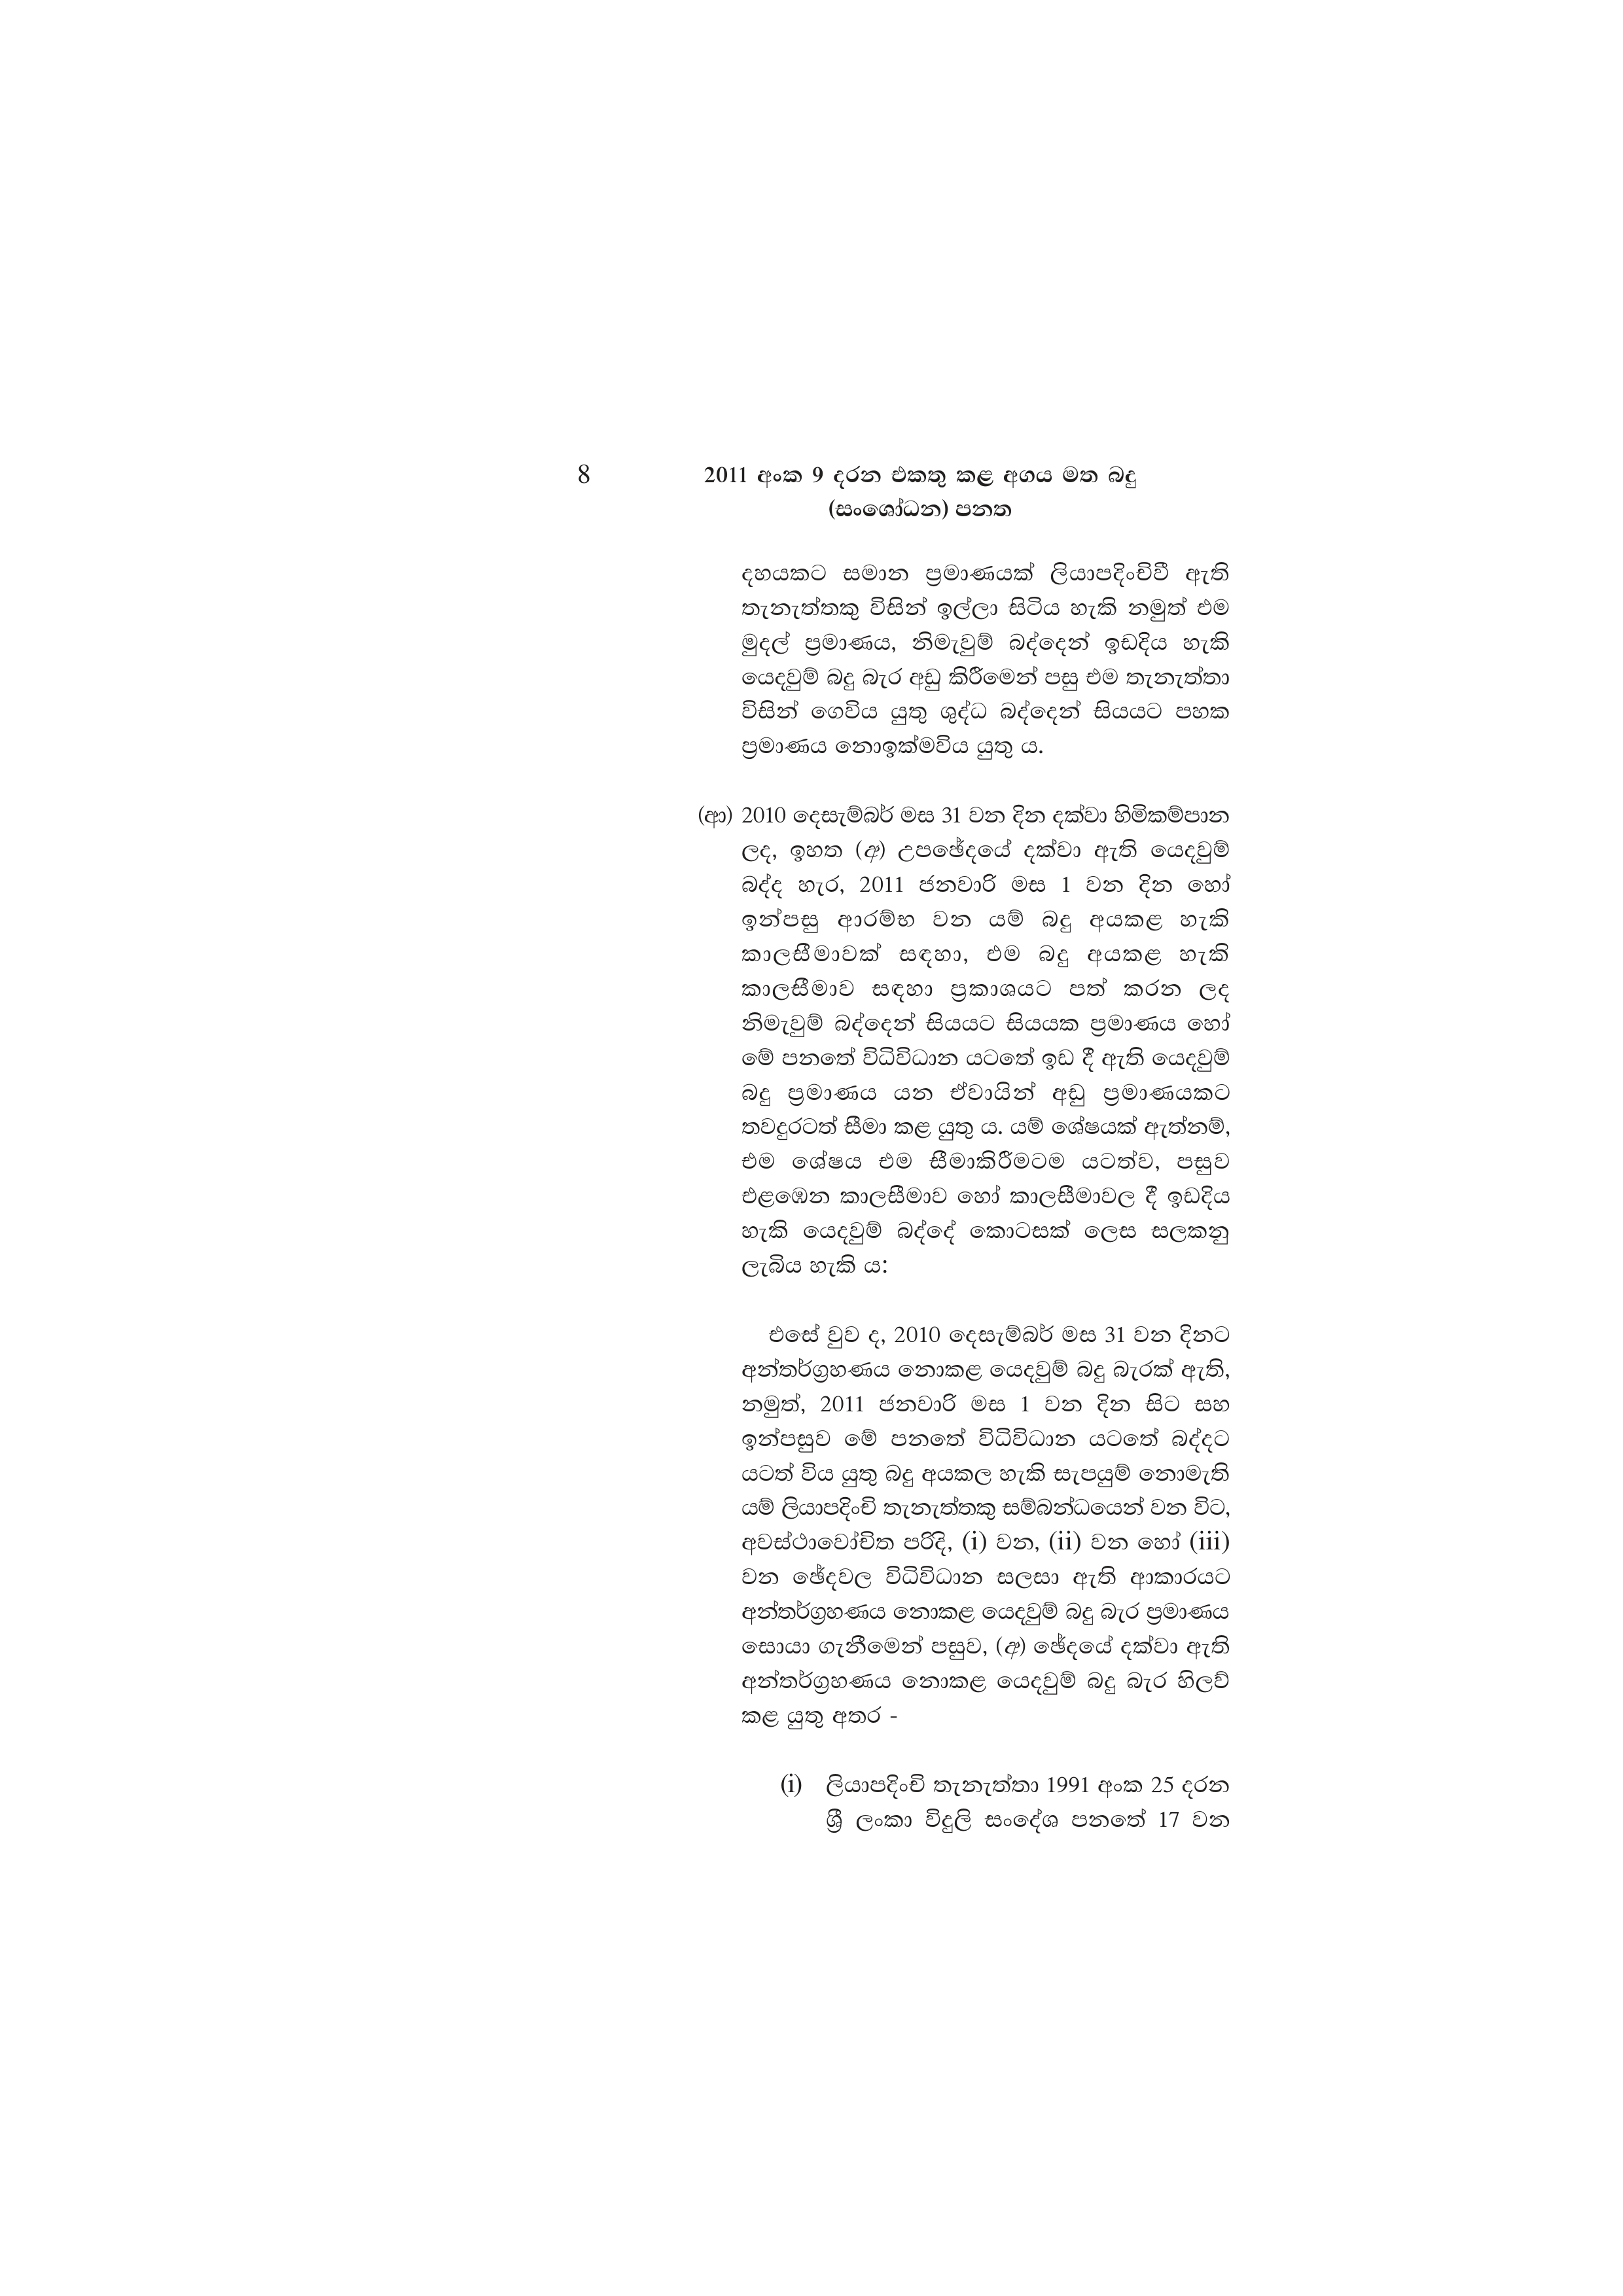
8  2011 අංක 9 දරන එකතු කළ අගය මත බදු
(සංශෝධන) පනත

දහයකට සමාන ප්‍රමාණයක් ලියාපදිංචිවී ඇති
තැනැත්තකු විසින් ඉල්ලා සිටිය හැකි නමුත් එම
මුදල් ප්‍රමාණය, නිමැවුම් බද්දෙන් ඉඩදිය හැකි
යෙදවුම් බදු බැර අඩු කිරීමෙන් පසු එම තැනැත්තා
විසින් ගෙවිය යුතු ශුද්ධ බද්දෙන් සියයට පහක
ප්‍රමාණය නොඉක්මවිය යුතු ය.

(ආ) 2010 දෙසැම්බර් මස 31 වන දින දක්වා හිමිකම්පාන
ලද, ඉහත (අ) උපඡේදයේ දක්වා ඇති යෙදවුම්
බද්ද හැර, 2011 ජනවාරි මස 1 වන දින හෝ
ඉන්පසු ආරම්භ වන යම් බදු අයකළ හැකි
කාලසීමාවක් සඳහා, එම බදු අයකළ හැකි
කාලසීමාව සඳහා ප්‍රකාශයට පත් කරන ලද
නිමැවුම් බද්දෙන් සියයට සියයක ප්‍රමාණය හෝ
මේ පනතේ විධිවිධාන යටතේ ඉඩ දී ඇති යෙදවුම්
බදු ප්‍රමාණය යන ඒවායින් අඩු ප්‍රමාණයකට
තවදුරටත් සීමා කළ යුතු ය. යම් ශේෂයක් ඇත්නම්,
එම ශේෂය එම සීමාකිරීමටම යටත්ව, පසුව
එළඹෙන කාලසීමාව හෝ කාලසීමාවල දී ඉඩදිය
හැකි යෙදවුම් බද්දේ කොටසක් ලෙස සලකනු
ලැබිය හැකි ය:

එසේ වුව ද, 2010 දෙසැම්බර් මස 31 වන දිනට
අන්තර්ග්‍රහණය නොකළ යෙදවුම් බදු බැරක් ඇති,
නමුත්, 2011 ජනවාරි මස 1 වන දින සිට සහ
ඉන්පසුව මේ පනතේ විධිවිධාන යටතේ බද්දට
යටත් විය යුතු බදු අයකල හැකි සැපයුම් නොමැති
යම් ලියාපදිංචි තැනැත්තකු සම්බන්ධයෙන් වන විට,
අවස්ථාවෝචිත පරිදි, (i) වන, (ii) වන හෝ (iii)
වන ඡේදවල විධිවිධාන සලසා ඇති ආකාරයට
අන්තර්ග්‍රහණය නොකළ යෙදවුම් බදු බැර ප්‍රමාණය
සොයා ගැනීමෙන් පසුව, (අ) ඡේදයේ දක්වා ඇති
අන්තර්ග්‍රහණය නොකළ යෙදවුම් බදු බැර හිලව්
කළ යුතු අතර -

(i) ලියාපදිංචි තැනැත්තා 1991 අංක 25 දරන
ශ්‍රී ලංකා විදුලි සංදේශ පනතේ 17 වන